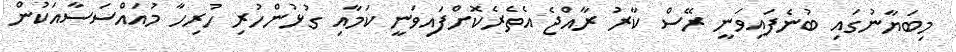
މިބަޔާނުގައި ބުނެފައިވަނީ ރޭސް ކާރު ރާއްޖެ އެތެރެކޮށްފައިވަނީ ކަމާއި ގުޅުންހުރި ހުރިހާ މުއައްސަސާއަކުން